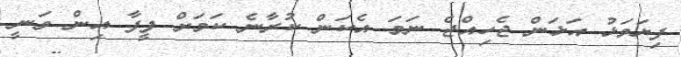
ފިޔަވަޅު އަޅަން ޖެހިއްޖެ ނަމަ އެކަން ކުރާނެ ކަމަށް ފީފާ އިން ވަނީ